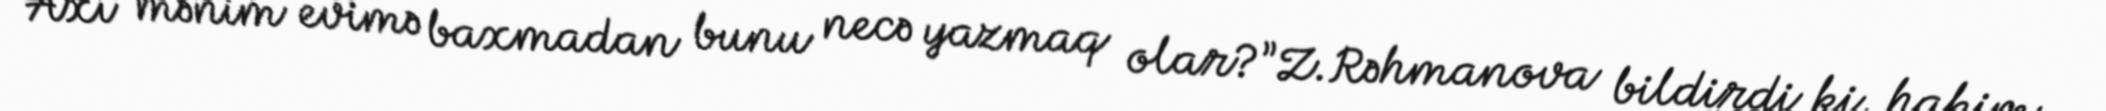
Axı mənim evimə baxmadan bunu necə yazmaq olar?”Z.Rəhmanova bildirdi ki, hakim